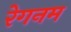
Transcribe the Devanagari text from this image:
रेगनम